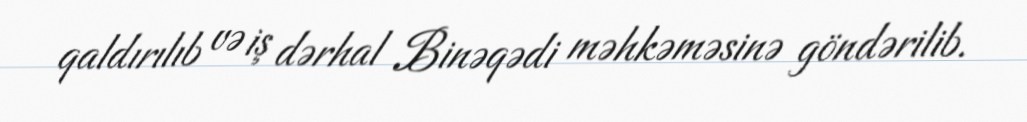
qaldırılıb və iş dərhal Binəqədi məhkəməsinə göndərilib.